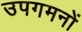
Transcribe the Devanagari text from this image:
उपगमनों